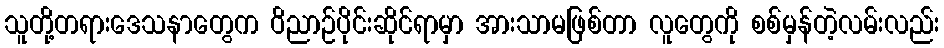
သူတို့တရားဒေသနာတွေက ဝိညာဉ်ပိုင်းဆိုင်ရာမှာ အားသာမဖြစ်တာ လူတွေကို စစ်မှန်တဲ့လမ်းလည်း